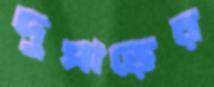
দুপাড়ের